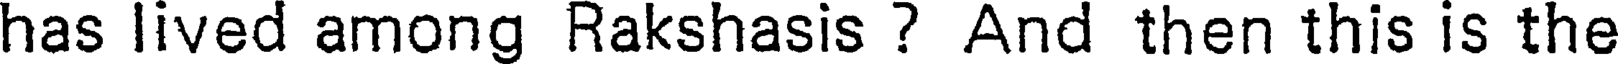
has lived among Rakshasis ? And then this is the